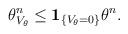
LaTeX: \begin{align*} \theta_{V_{\theta}}^n \leq {\bf 1}_{\{V_{\theta}=0\}} \theta^n.\end{align*}